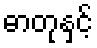
ဓာတုနှင့်